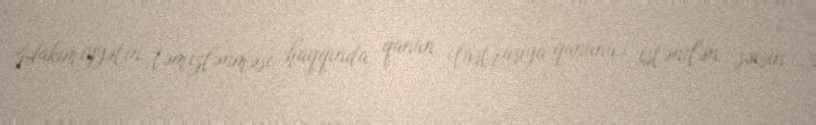
Hakimiyyətin təmizlənməsi haqqında qanun (lüstrasiya qanunu) istənilən şəxsin